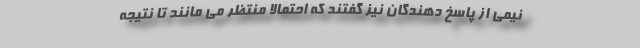
نیمی از پاسخ دهندگان نیز گفتند که احتمالاً منتظر می مانند تا نتیجه